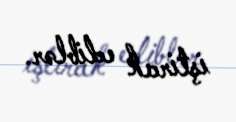
iştirak ediblər.